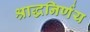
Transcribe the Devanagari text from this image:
श्राद्धनिर्णय